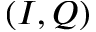
( I , Q )